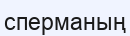
сперманың